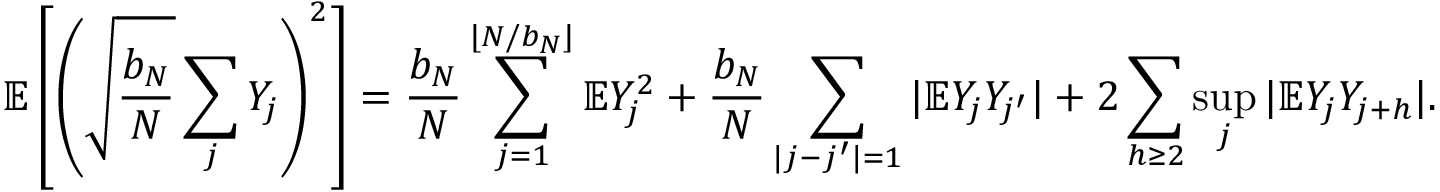
\mathbb { E } \left[ \left( \sqrt { \frac { b _ { N } } { N } } \sum _ { j } Y _ { j } \right) ^ { 2 } \right] = \frac { b _ { N } } { N } \sum _ { j = 1 } ^ { \lfloor N / b _ { N } \rfloor } \mathbb { E } Y _ { j } ^ { 2 } + \frac { b _ { N } } { N } \sum _ { | j - j ^ { \prime } | = 1 } | \mathbb { E } Y _ { j } Y _ { j ^ { \prime } } | + 2 \sum _ { h \ge 2 } \operatorname* { s u p } _ { j } | \mathbb { E } Y _ { j } Y _ { j + h } | .